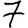
Digit: 7